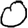
Digit: 0